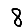
Digit: 8